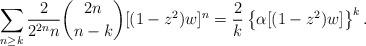
LaTeX: \begin{align*} \sum_{n \geq k}\frac{2}{2^{2n}n}\binom{2n}{n-k}[(1-z^2)w]^n = \frac{2}{k}\left\{\alpha[(1-z^2)w]\right\}^k. \end{align*}